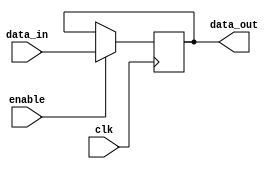
module hold_condition (
    input wire clk,             // Clock signal
    input wire enable,          // Enable signal (active high)
    input wire [7:0] data_in,   // Input data to be held or updated
    output reg [7:0] data_out   // Output data representing the held state
);

    // Initial state definition
    initial begin
        data_out = 8'b0; // Initialize the output to 0
    end

    // Always block for behavioral modeling
    always @(posedge clk) begin
        if (enable) begin
            // If enable is high, update the internal state with new data
            data_out <= data_in;
        end
        // If enable is low, retain the current state (hold condition)
    end

endmodule